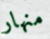
منهار